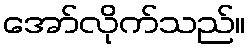
အော်လိုက်သည်။